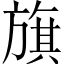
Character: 旗